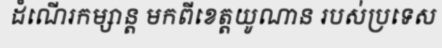
ដំណើរកម្សាន្ត មកពីខេត្តយូណាន របស់ប្រទេស